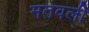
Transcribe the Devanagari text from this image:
मतवली